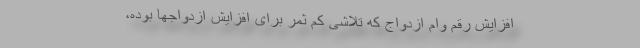
افزایش رقم وام ازدواج که تلاشی کم ثمر برای افزایش ازدواجها بوده،